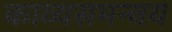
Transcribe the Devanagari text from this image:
काव्यसमन्वय